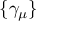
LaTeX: \{ \gamma _ { \mu } \}